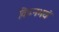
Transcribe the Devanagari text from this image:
विघ्नभयं